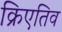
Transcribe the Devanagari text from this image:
क्रिएतिव